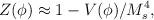
LaTeX: \begin{align*}Z(\phi) \approx 1 - V(\phi)/M_s^4,\end{align*}